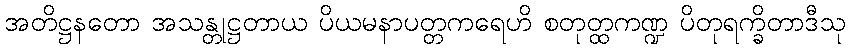
အတိဋ္ဌနတော အသန္တုဋ္ဌတာယ ပိယမနာပတ္တကရေဟိ စတုတ္ထကဏ္ဍ ပိတုရက္ခိတာဒီသု